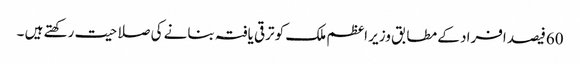
60فیصد افراد کے مطابق وزیر اعظم ملک کو ترقی یافتہ بنانے کی صلاحیت رکھتے ہیں ۔